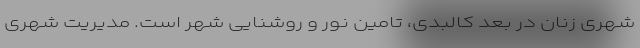
شهری زنان در بعد کالبدی، تامین نور و روشنایی شهر است. مدیریت شهری